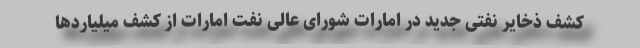
کشف ذخایر نفتی جدید در امارات شورای عالی نفت امارات از کشف میلیاردها